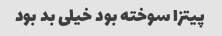
پیتزا سوخته بود خیلی بد بود